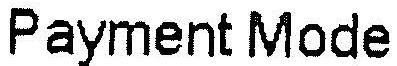
PAYMENT MODE